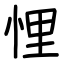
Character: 悝